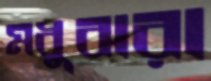
মধুঝরা